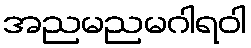
အညမညမဂါရဝါ